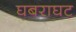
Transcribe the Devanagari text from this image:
घबराघट